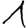
Digit: 1